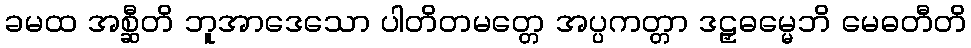
ခမထ အစ္ဆီတိ ဘူအာဒေသော ပါတိတမတ္တေ အပ္ပကတ္တာ ဒဠှဓမ္မေဘိ မေဓတီတိ